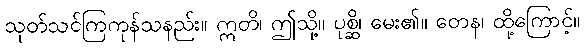
သုတ်သင်ကြကုန်သနည်း။ ဣတိ၊ ဤသို့။ ပုစ္ဆိ၊ မေး၏။ တေန၊ ထို့ကြောင့်။